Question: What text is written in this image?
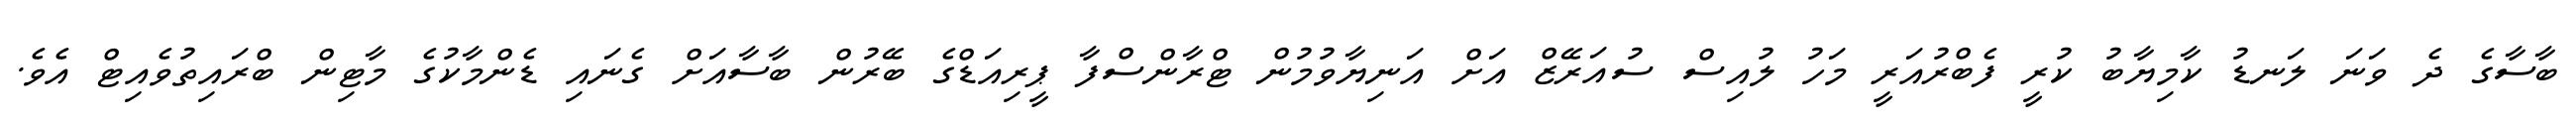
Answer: ބާސާގެ ދެ ވަނަ ލަނޑު ކާމިޔާބު ކުރީ ފެބްރުއަރީ މަހު ލުއިސް ސުއަރޭޒް އަށް އަނިޔާވުމުން ޓްރާންސްފާ ޕީރިއަޑްގެ ބޭރުން ބާސާއަށް ގެނައި ޑެންމާކުގެ މާޓިން ބްރައިތުވެއިޓް އެވެ.